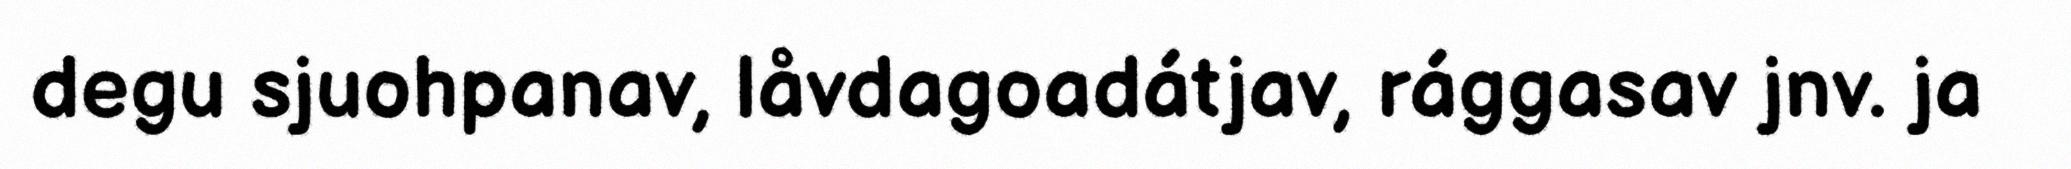
degu sjuohpanav, låvdagoadátjav, rággasav jnv. ja